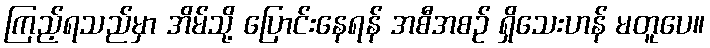
ကြည့်ရသည်မှာ အိမ်သို့ ပြောင်းနေရန် အစီအစဉ် ရှိသေးဟန် မတူပေ။